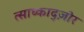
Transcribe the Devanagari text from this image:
त्साघ्काद्ज़ोर